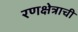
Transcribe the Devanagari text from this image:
रणक्षेत्राची